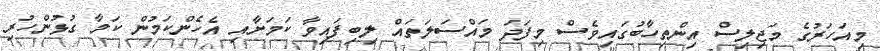
މިއަހަރުގެ މަޖިލިސް އިންތިހާބުގައިވެސް މިފަދަ މައްސަލަތައް ލިބިފައިވާ ކަމަށާއި އެހެންކަމުން ކަމާ ގުޅުންހުރި